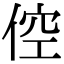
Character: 倥